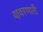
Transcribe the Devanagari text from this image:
वावरणारी